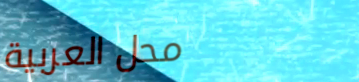
محل العربية